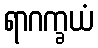
ရာဂက္ခယံ